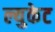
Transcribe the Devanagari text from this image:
ल्युकेट